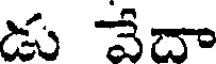
డు వేదా